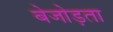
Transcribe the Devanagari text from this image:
बेजोड़ता